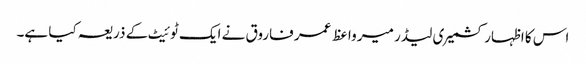
اس کا اظہار کشمیر ی لیڈر میر واعظ عمر فاروق نے ایک ٹوئیٹ کے ذریعہ کیا ہے۔